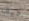
كيف